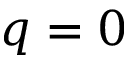
q = 0